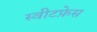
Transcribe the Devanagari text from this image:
स्वीटफ़ेस